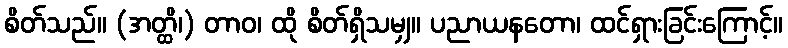
စိတ်သည်။ (အတ္ထိ၊) တာဝ၊ ထို စိတ်ရှိသမျှ။ ပညာယနတော၊ ထင်ရှားခြင်းကြောင့်။